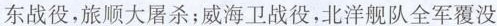
东战役，旅顺大屠杀；威海卫战役，北洋舰队全军覆没